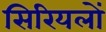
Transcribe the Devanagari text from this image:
सिरियलों